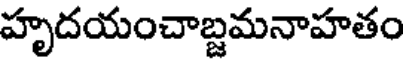
హృదయంచాబ్దమనాహతం